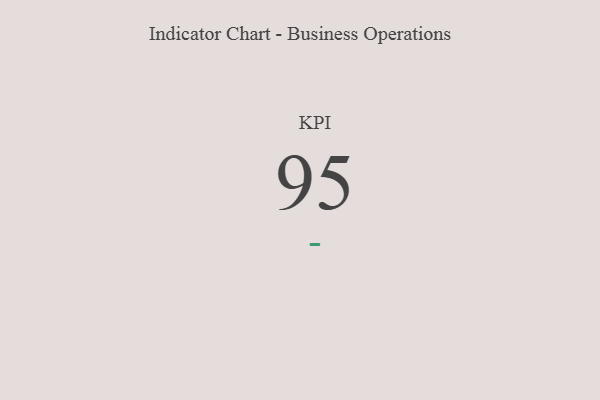
{"axis": {"x": "KPI", "y": "Value"}, "legend": [""], "data": [{"x": "KPI", "y": 95, "type": ""}]}